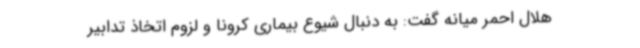
هلال احمر میانه گفت: به دنبال شیوع بیماری کرونا و لزوم اتخاذ تدابیر